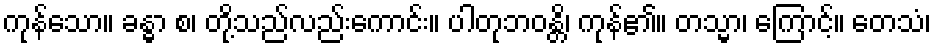
ကုန်သော။ ခန္ဓာ စ၊ တို့သည်လည်းကောင်း။ ပါတုဘဝန္တိ၊ ကုန်၏။ တသ္မာ၊ ကြောင့်။ တေသံ၊